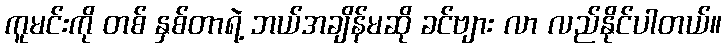
ကူမင်းကို တစ် နှစ်တာရဲ့ ဘယ်အချိန်မဆို ခင်ဗျား လာ လည်နိုင်ပါတယ်။